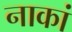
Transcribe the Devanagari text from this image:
नाकां